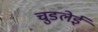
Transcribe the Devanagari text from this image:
चुडलेई